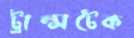
ট্রান্সটেক